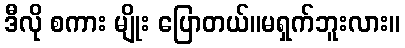
ဒီလို စကား မျိုး ပြောတယ်။မရှက်ဘူးလား။